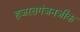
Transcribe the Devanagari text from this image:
हजरतगंजनजीक